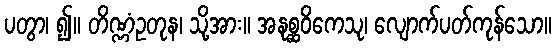
ပတွာ၊ ၍။ တိဏ္ဏံဥတုန၊ သို့အား။ အနုစ္ဆဝိကေသု၊ လျောက်ပတ်ကုန်သော။